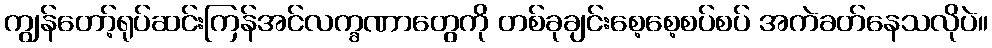
ကျွန်တော့်ရုပ်ဆင်းကြန်အင်လက္ခဏာတွေကို တစ်ခုချင်းစေ့စေ့စပ်စပ် အကဲခတ်နေသလိုပဲ။